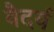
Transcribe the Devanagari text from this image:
वैदर्य